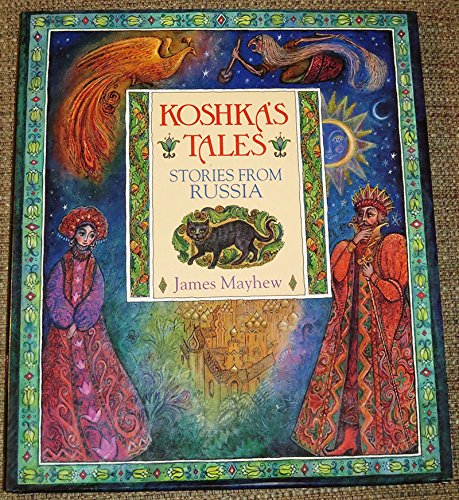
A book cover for Koshka's Tales: Stories from Russia; James Mayhew; Children's Books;